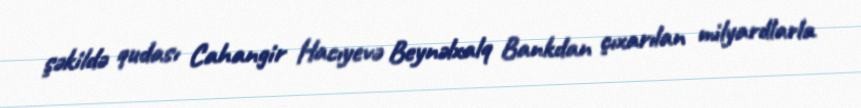
şəkildə qudası Cahangir Hacıyevə Beynəlxalq Bankdan çıxarılan milyardlarla